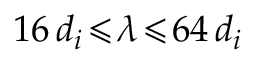
1 6 \, d _ { i } \! \leqslant \! \lambda \! \leqslant \! 6 4 \, d _ { i }